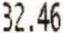
32.46